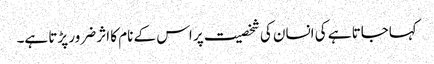
کہاجاتا ہے کی انسان کی شخصیت پر اس کے نام کا اثر ضرور پڑتا ہے۔